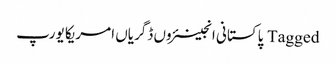
Tagged پاکستانی انجینئروں ڈگریاں امریکا یورپ